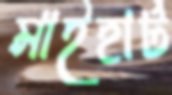
মাইহার্ট